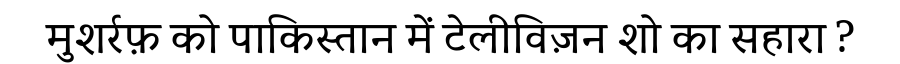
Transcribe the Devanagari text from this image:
मुशर्रफ़ को पाकिस्तान में टेलीविज़न शो का सहारा ?